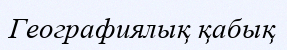
Географиялық қабық